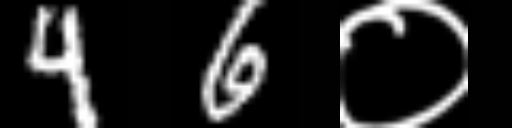
Text: 46०